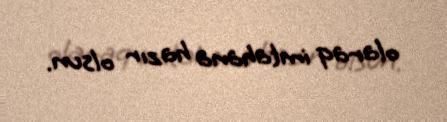
olaraq imtahana hazır olsun.